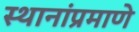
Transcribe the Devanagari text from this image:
स्थानांप्रमाणे